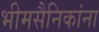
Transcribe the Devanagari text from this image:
भीमसैनिकांना